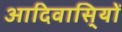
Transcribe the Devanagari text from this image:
आदिवासि्यों